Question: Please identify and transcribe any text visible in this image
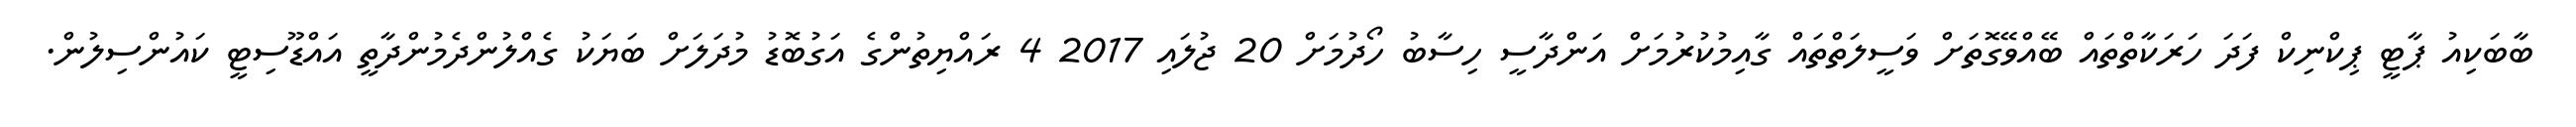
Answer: ބާބަކިއު ޕާޓީ ޕިކްނިކް ފަދަ ހަރަކާތްތައް ބޭއްވޭގޮތަށް ވަސީލަތްތައް ގާއިމުކުރުމަށް އަންދާސީ ހިސާބު ހޯދުމަށް 20 ޖުލައި 2017 4 ރައްޔިތުންގެ އަގުބޮޑު މުދަލަށް ބަޔަކު ގެއްލުންދެމުންދާތީ އައްޑޫސިޓީ ކައުންސިލުން.